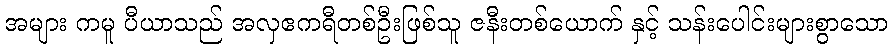
အများ ကမူ ပီယာသည် အလှဧကရီတစ်ဦးဖြစ်သူ ဇနီးတစ်ယောက် နှင့် သန်းပေါင်းများစွာသော